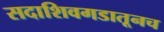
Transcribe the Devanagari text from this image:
सदाशिवगडातूनच